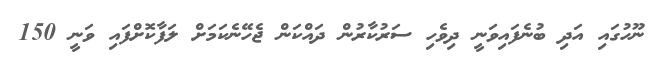
ނޫހުގައި އަދި ބުނެފައިވަނީ ދިވެހި ސަރުކާރުން ދައްކަން ޖެހޭނެކަމަށް ލަފާކޮށްފައި ވަނީ 150